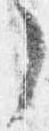
了